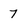
Character: 7